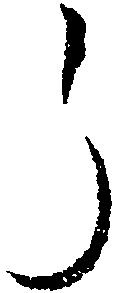
う